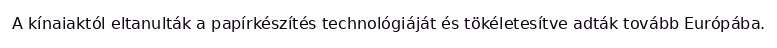
A kínaiaktól eltanulták a papírkészítés technológiáját és tökéletesítve adták tovább Európába.